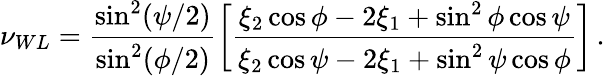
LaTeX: \nu_{WL}=\frac{\sin^{2}(\psi/2)}{\sin^{2}(\phi/2)}\bigg[\frac{\xi_{2}\cos\phi-2\xi_{1}+\sin^{2}\phi\cos\psi}{\xi_{2}\cos\psi-2\xi_{1}+\sin^{2}\psi\cos\phi}\bigg]\, .